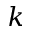
k